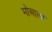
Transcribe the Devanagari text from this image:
मोआला